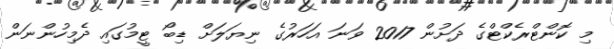
މި ކޮންޓްރެކްޓްގެ ދަށުން 2017 ވަނަ އަހަރުގެ ނިޔަލަށް ޑިބޯ ޓީމުގައި ދެމިހުންނަން